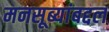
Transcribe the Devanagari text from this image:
मनसूब्यांबद्दल